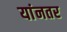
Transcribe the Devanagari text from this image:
यांनतर